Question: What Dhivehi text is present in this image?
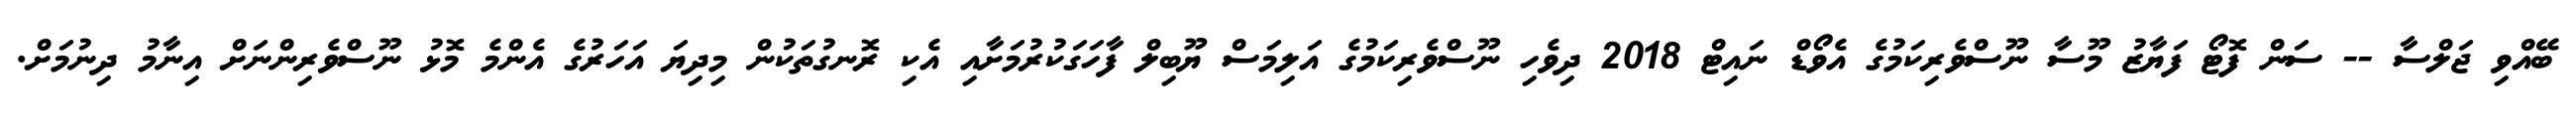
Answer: ބޭއްވި ޖަލްސާ -- ސަން ފޮޓޯ ފަޔާޒު މޫސާ ނޫސްވެރިކަމުގެ އެވޯޑް ނައިޓް 2018 ދިވެހި ނޫސްވެރިކަމުގެ އަލިމަސް ޔޫބިލް ފާހަގަކުރުމަށާއި އެކި ރޮނގުތަކުން މިދިޔަ އަހަރުގެ އެންމެ މޮޅު ނޫސްވެރިންނަށް އިނާމު ދިނުމަށް.